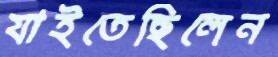
যাইতেছিলেন